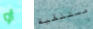
أو مستلقية